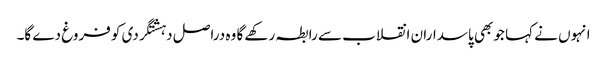
انہوں نے کہا جو بھی پاسداران انقلاب سے رابطہ رکھے گا وہ دراصل دہشتگردی کو فروغ دے گا۔